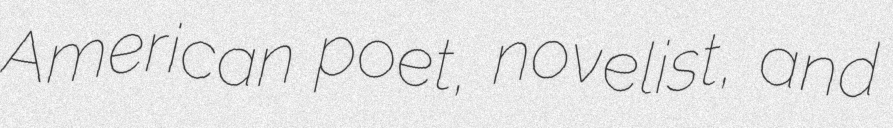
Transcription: American poet, novelist, and